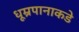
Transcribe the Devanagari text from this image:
धूम्रपानाकडे